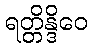
ရတ္တိန္ဒိဝေ